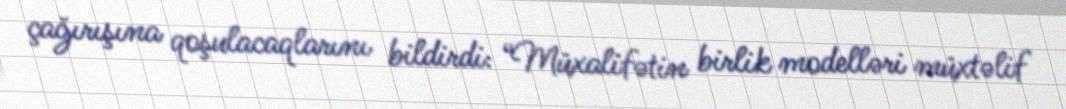
çağırışına qoşulacaqlarını bildirdi: “Müxalifətin birlik modelləri müxtəlif